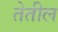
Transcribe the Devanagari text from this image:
तेतील